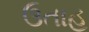
ઉતાહ